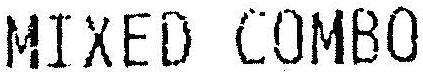
MIXED COMBO